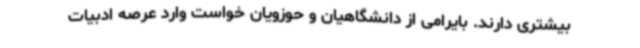
بیشتری دارند. بایرامی از دانشگاهیان و حوزویان خواست وارد عرصه ادبیات